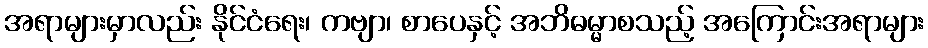
အရာများမှာလည်း နိုင်ငံရေး၊ ကဗျာ၊ စာပေနှင့် အဘိဓမ္မာစသည့် အကြောင်းအရာများ